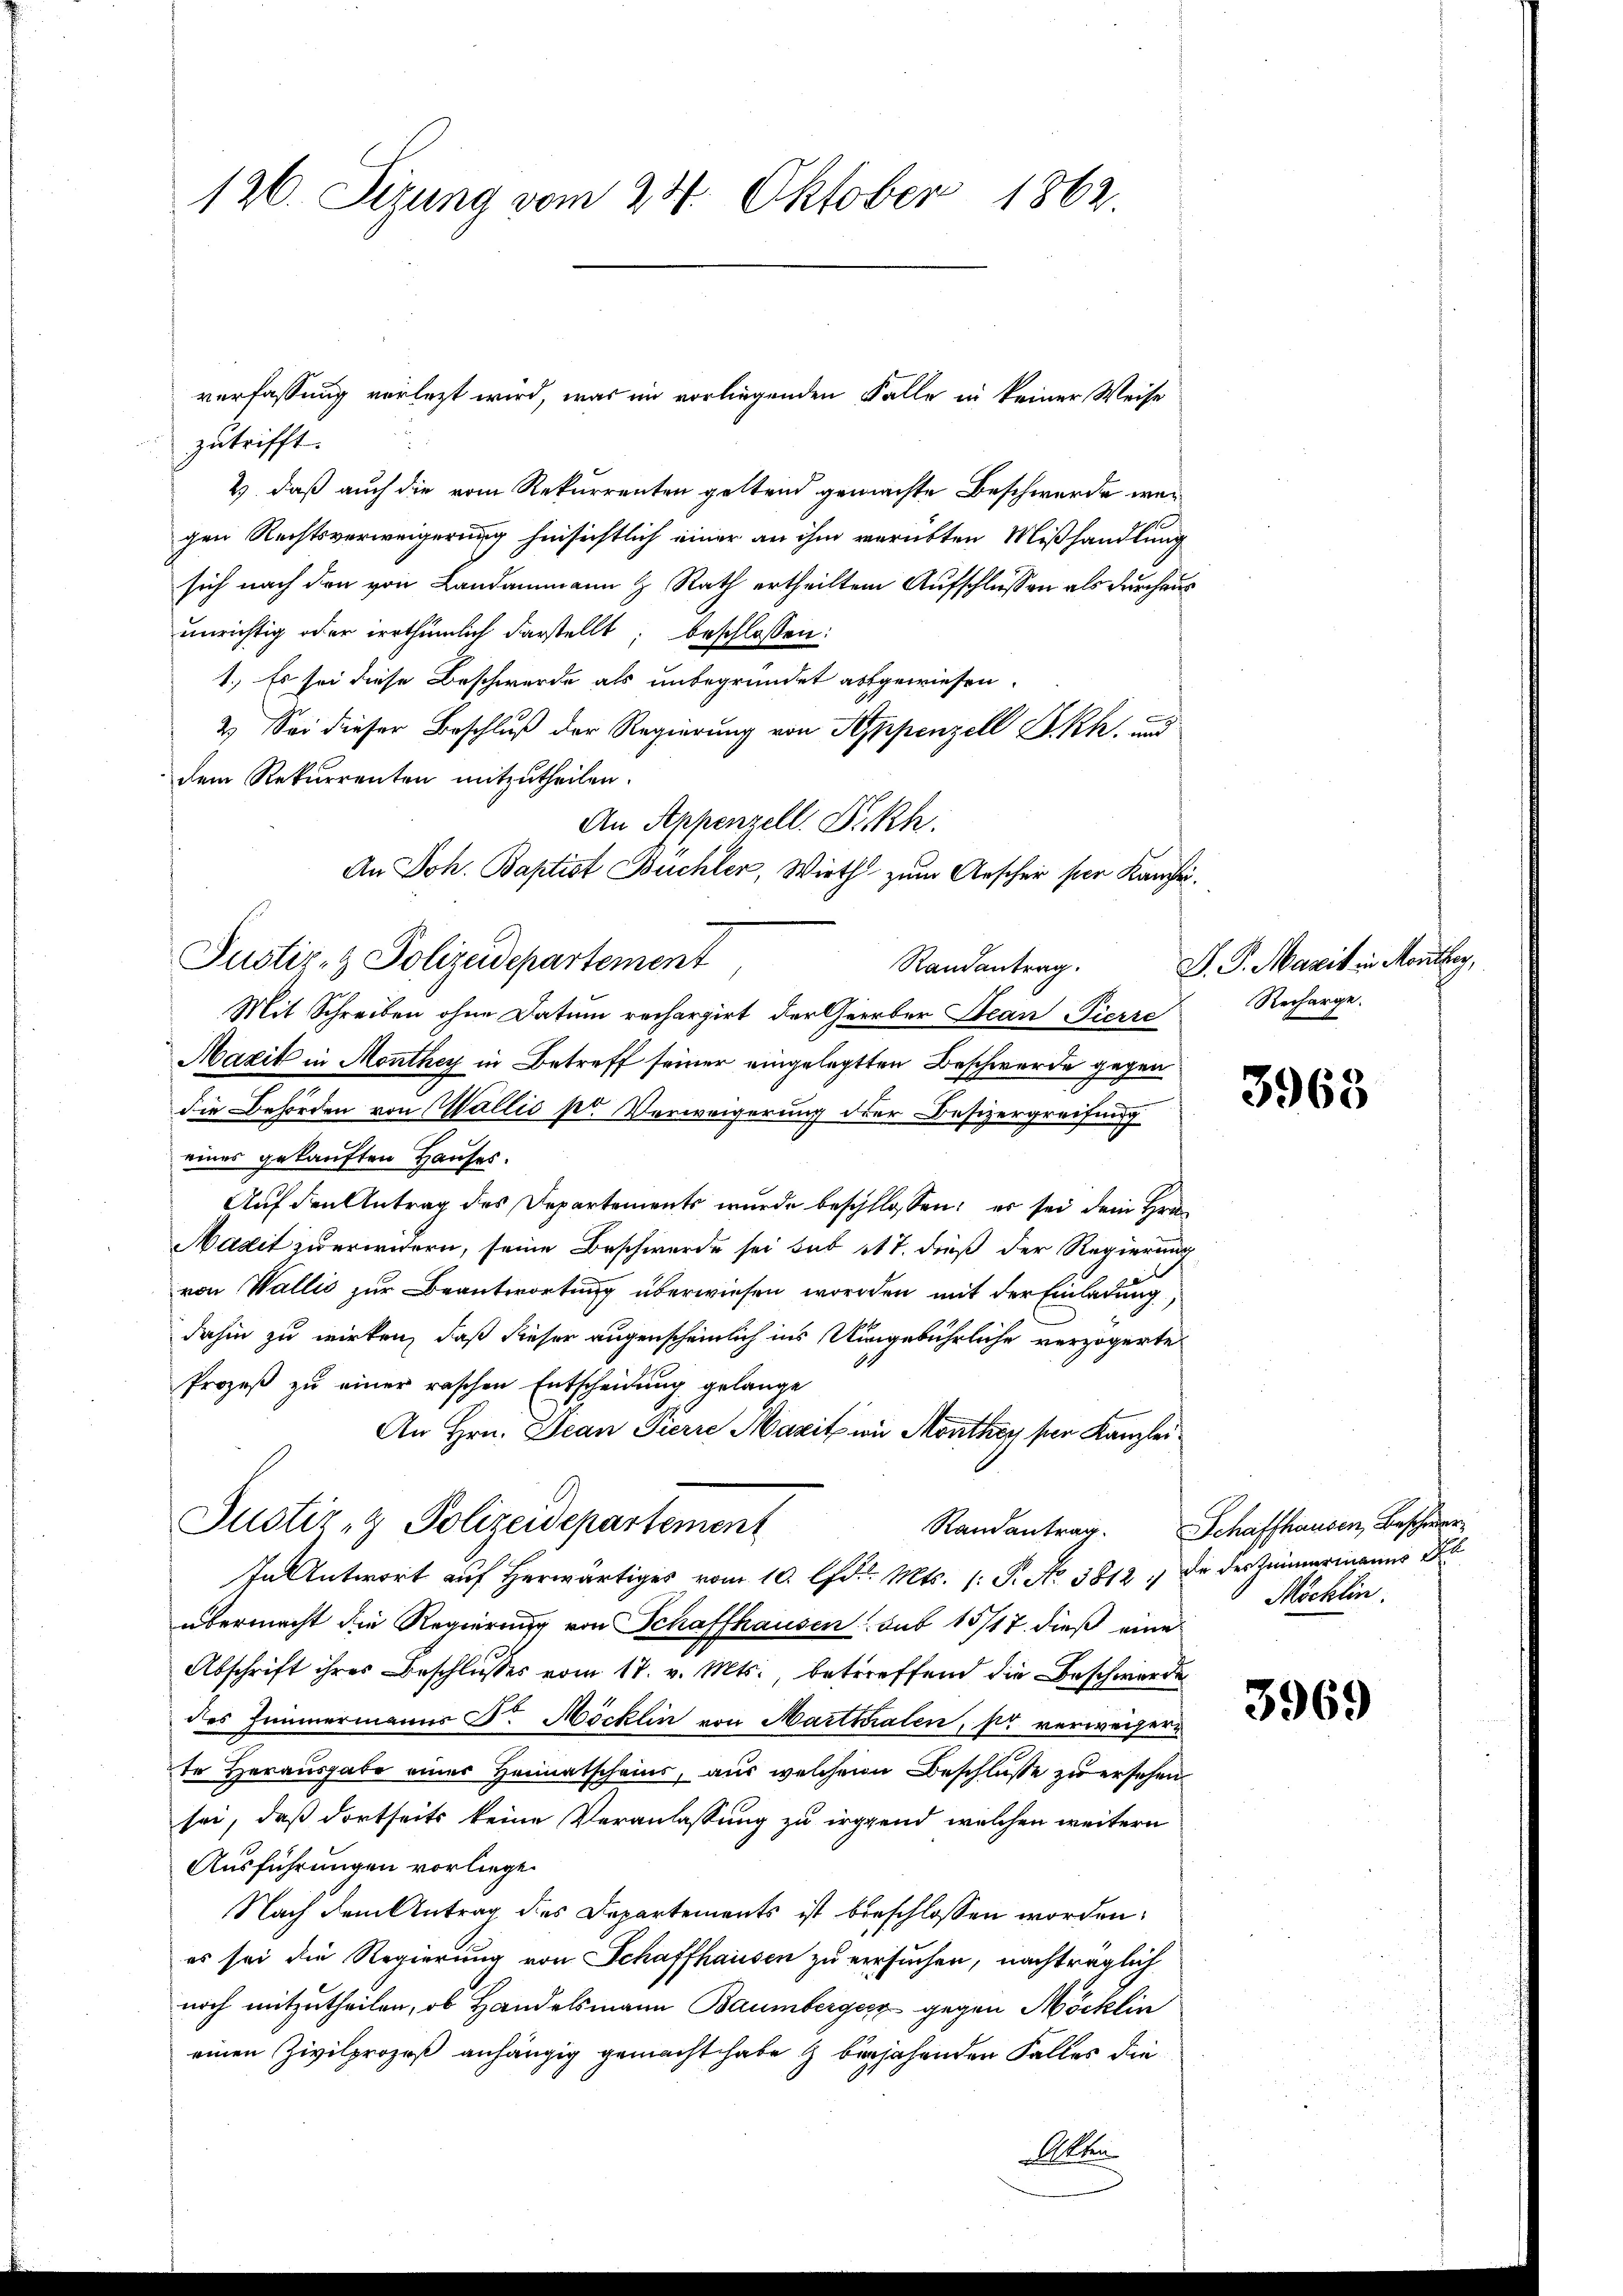
126. Sizung vom 24. Oktober 1862.

verfassung verletzt wird, was im vorliegenden Falle in keiner Weise
zutrifft.
2 daß auch die vom Rekurrenten geltend gemachte Beschwerde wegen Rechtsverweigerung hinsichtlich einer an ihm verübten Mißhandlung
sich nach den von Landammann & Rath ertheiltem Aufschlüssen als durchaus
unrichtig oder irrthümlich darstellt; beschlossen:
1.) Es sei diese Beschwerde als unbegründet abgewiesen.
2. Sei dieser Beschluß der Regierung von Appenzell I.Rh. und
dem Rekurrenten mitzutheilen.
An Appenzell. Dickh.
An Joh. Baptist Buchler, Wirth zum Aescher per Kanzei¬
Justiz- & Polizeidepartement
Randantrag.
Mit Schreiben ohne Datum rechargirt der Geerber Stean Pierre
Mazit in Monthey in Betreff seiner eingelegten Beschwerde gegen
die Behörden von Wallis pr Verweigerung der Besizergreifung
eines gekauften Hauses.
Auf den Antrag des Departements wurde beschlossen: es sei dein Hrn.
Nazit zu erwidern, seine Beschwerde sei sub et 7. dieß der Regierung
von Wallis zur Beantwortung überwiesen worden mit der Einladung,
dahin zu wirken, daß dieser augenscheinlich ins Umgebührliche verzögerte
1
Prozeß zu einer raschen Entscheidung gelange
An Hrn. Decan Tierre Maritz in Monthey per Kanzlei
Justiz- & Polizeidepartement
In Antwort auf herwärtiges vom 10. d. Mts. (: P. No. 5812. de des Zimmermanns B
übermacht die Regierung von Schaffhausen sub 15/17. dieß eine
Abschrift ihres Beschlusses vom 17. v. Mts. betreffend die Beschwerden
des Zimmermanns Dr. Möcklin von Marthalen, so verweisern
te Herausgabe einer Heimatscheins, aus welchem Beschlüsse zu ersehen
sei, daß dortseits keine Veranlassung zu irgend welchen weitern
Ausführungen vorliege.
Nach dem Antrag des Departements ist beschlossen worden:
es sei die Regierung von Schaffhausen zu versuchen, nachträglich
noch mitzutheilen, ob Handelsmann Baumbergeiz gegen Möcklin
einen Zivilprozeß anhängig gemacht habe & bejahenden Falles die

J. P. Marit in Monthey,
Recharge.

3963

Randantrag. Schaffhausen, Beschwer¬
Möcklin.

3969